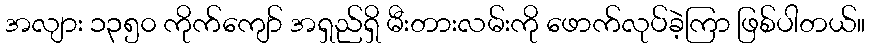
အလျား ၁၃၅၀ ကိုက်ကျော် အရှည်ရှိ မီးတားလမ်းကို ဖောက်လုပ်ခဲ့ကြာ ဖြစ်ပါတယ်။